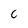
Character: c